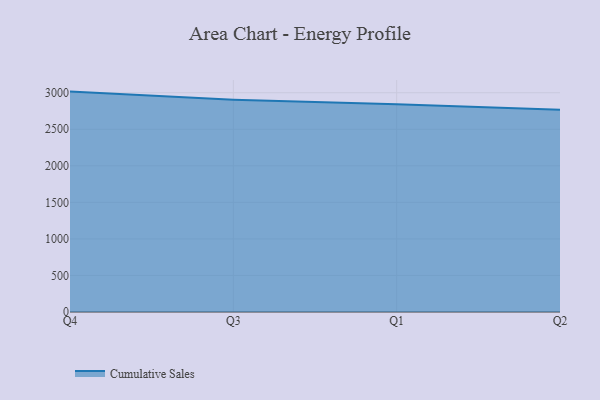
{"axis": {"x": "Quarter", "y": "Latency (ms)"}, "legend": ["Cumulative Sales"], "data": [{"x": "Q4", "y": 3015.4, "type": "Cumulative Sales"}, {"x": "Q3", "y": 2904.8, "type": "Cumulative Sales"}, {"x": "Q1", "y": 2841.1, "type": "Cumulative Sales"}, {"x": "Q2", "y": 2768.1, "type": "Cumulative Sales"}]}